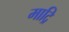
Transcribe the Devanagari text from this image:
माद्रि